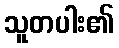
သူတပါး၏